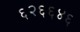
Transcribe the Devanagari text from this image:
६२६६४६